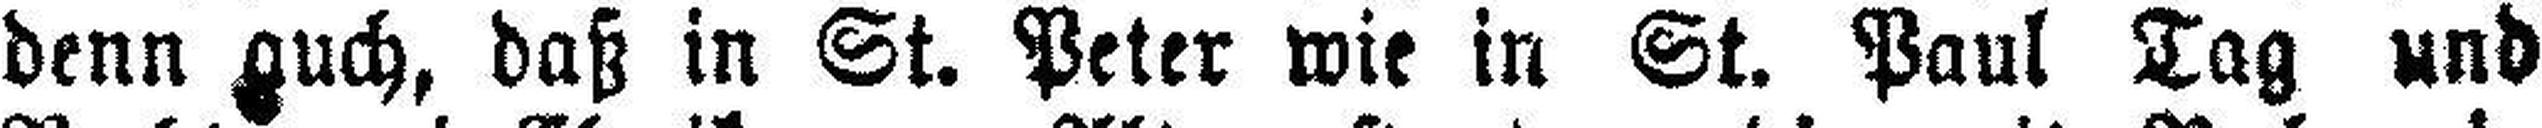
denn auch, daß in St. Peter wie in St. Paul Tag und